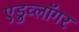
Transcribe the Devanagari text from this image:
एडुव्लॉगर